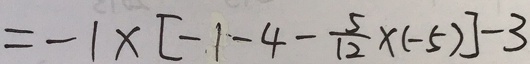
= - 1 \times [ - 1 - 4 - \frac { 5 } { 1 2 } \times ( - 5 ) ] - 3